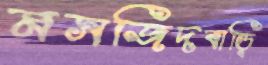
মসজিদবাড়ি